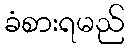
ခံစားရမည်